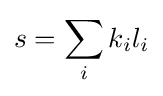
s=\sum _{i}k_{i}l_{i}